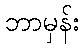
ဘာမှန်း